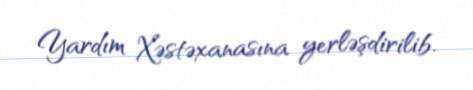
Yardım Xəstəxanasına yerləşdirilib.